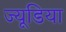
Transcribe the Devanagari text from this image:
ज्यूडिया